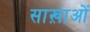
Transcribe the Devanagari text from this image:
साख़ाओं